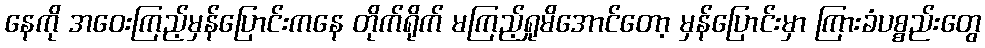
နေကို အဝေးကြည့်မှန်ပြောင်းကနေ တိုက်ရိုက် မကြည့်ရှုမိအောင်တော့ မှန်ပြောင်းမှာ ကြားခံပစ္စည်းတွေ